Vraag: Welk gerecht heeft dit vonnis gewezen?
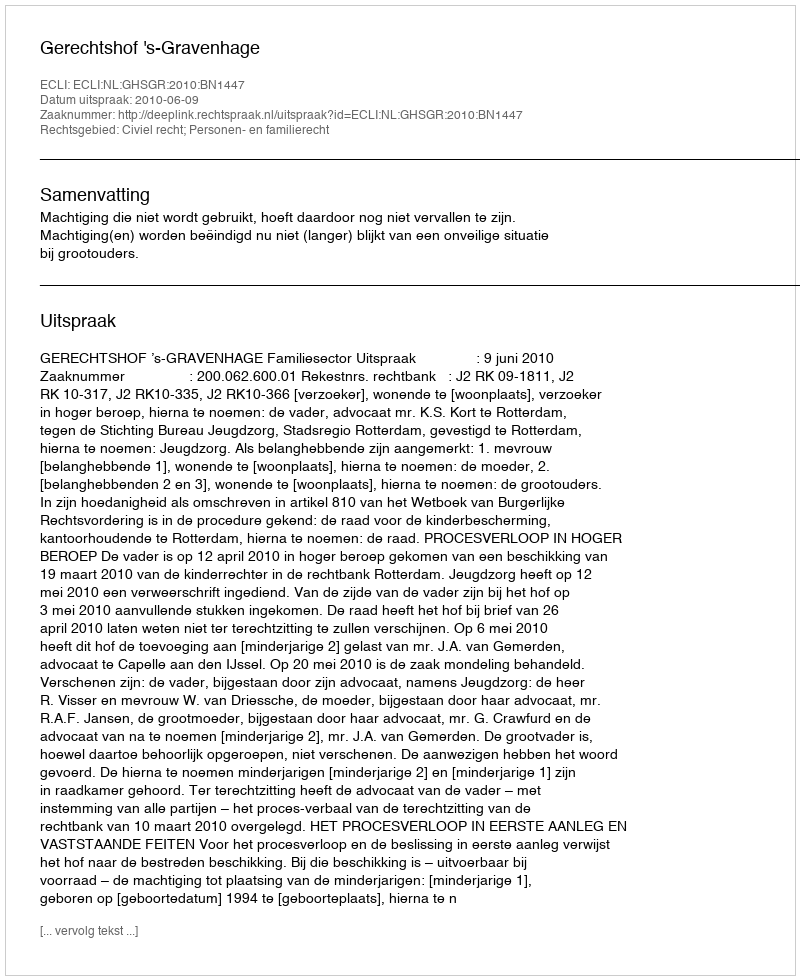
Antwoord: Gerechtshof 's-Gravenhage